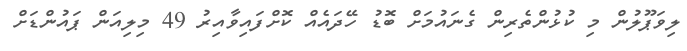
ލިވަޕޫލުން މި ކުޅުންތެރިން ގެނައުމަށް ބޮޑު ހޭދައެއް ކޮށްފައިވާއިރު 49 މިލިއަން ޕައުންޑަށް